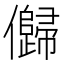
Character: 𠐽